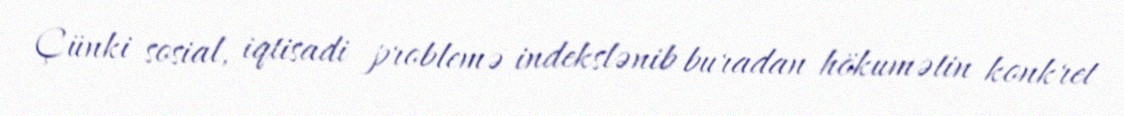
Çünki sosial, iqtisadi problemə indekslənib buradan hökumətin konkret